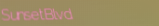
SunsetBlvd